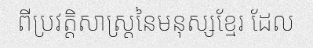
ពីប្រវត្តិសាស្ត្រនៃមនុស្សខ្មែរ ដែល